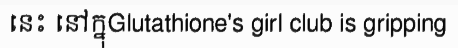
នេះ នៅក្នុGlutathione's girl club is gripping